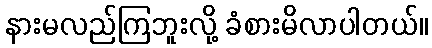
နားမလည်ကြဘူးလို့ ခံစားမိလာပါတယ်။